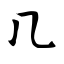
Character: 几